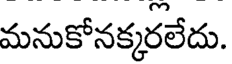
మనుకోనక్కరలేదు.